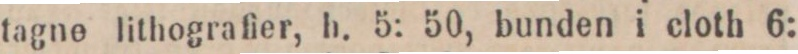
tagne lithografier, h. 5: 50, bunden i eloth 6: